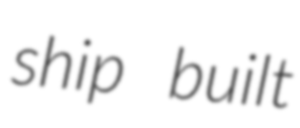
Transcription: ship built